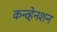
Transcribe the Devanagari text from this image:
कन्व्हेनशन